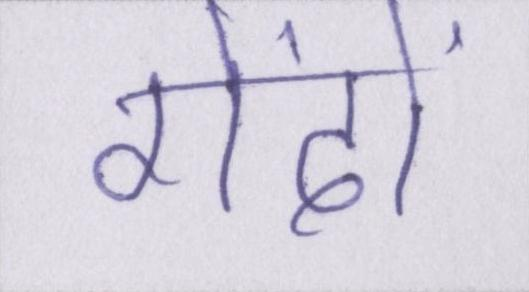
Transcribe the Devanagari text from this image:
गेंदों